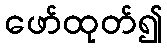
ဖော်ထုတ်၍